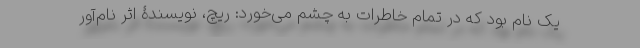
یک نام بود که در تمام خاطرات به چشم می‌خورد: ریچ، نویسندۀ اثر نام‌آور